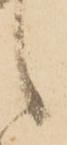
候